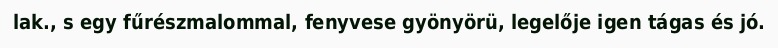
lak., s egy fűrészmalommal, fenyvese gyönyörü, legelője igen tágas és jó.